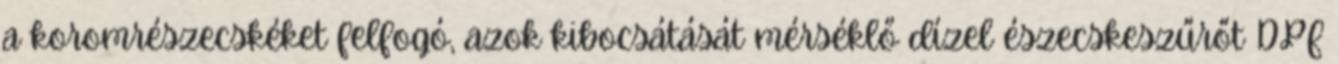
a koromrészecskéket felfogó, azok kibocsátását mérséklő dízel észecskeszűrőt DPF